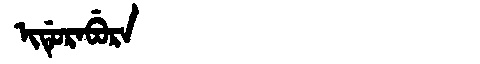
Manchu: ᡳᡩᡠᡵᠠᠪᡠᡵᠠ
Romanization: IDURABURA